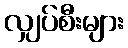
လျှပ်စီးများ